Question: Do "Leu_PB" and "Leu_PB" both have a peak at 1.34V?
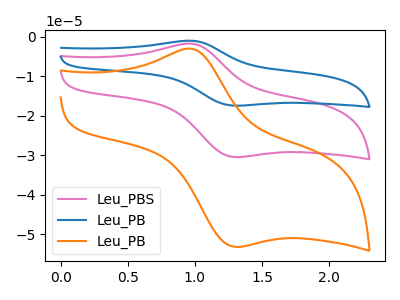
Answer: <think>The pink curve "Leu_PBS" has an anodic peak at (1.00V, -1.75uA) and a cathodic peak at (1.35V, -30.40uA). The blue curve "Leu_PB" has an anodic peak at (1.00V, -3.55uA) and a cathodic peak at (1.35V, -60.85uA). The orange curve "Leu_PB" has an anodic peak at (1.00V, -3.10uA) and a cathodic peak at (1.35V, -53.15uA).</think>
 <answer>Yes, "Leu_PB" and "Leu_PB" share a peak at 1.34V.</answer>
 <eval>match</eval>